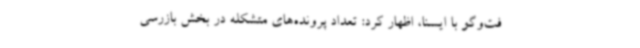
فت‌وگو با ایسنا، اظهار کرد: تعداد پرونده‌های متشکله در بخش بازرسی